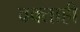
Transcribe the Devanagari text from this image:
वक्ताही